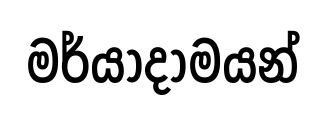
මර්යාදාමයන්